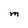
Character: M